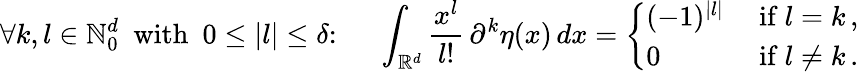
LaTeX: \forall k,l\in\mathbb{N}_{0}^{d}\ \mathrm{~with~}\ 0\le|l|\le\delta\colon\ \quad\int_{\mathbb{R}^{d}}\frac{x^{l}}{l!}\, \partial^{k}\eta(x)\, dx=\left\{ \begin{array}{ll}{(-1)^{|l|}}&{\mathrm{~if~}l=k\, ,}\\ {0}&{\mathrm{~if~}l\ne k\, .}\end{array}\right.